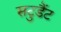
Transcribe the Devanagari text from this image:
सटुडैंट